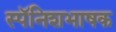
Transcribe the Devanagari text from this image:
स्पॅनिशभाषक